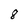
Character: 8